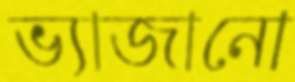
ভ্যাজানো